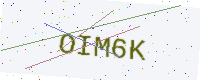
Text: OIM6K